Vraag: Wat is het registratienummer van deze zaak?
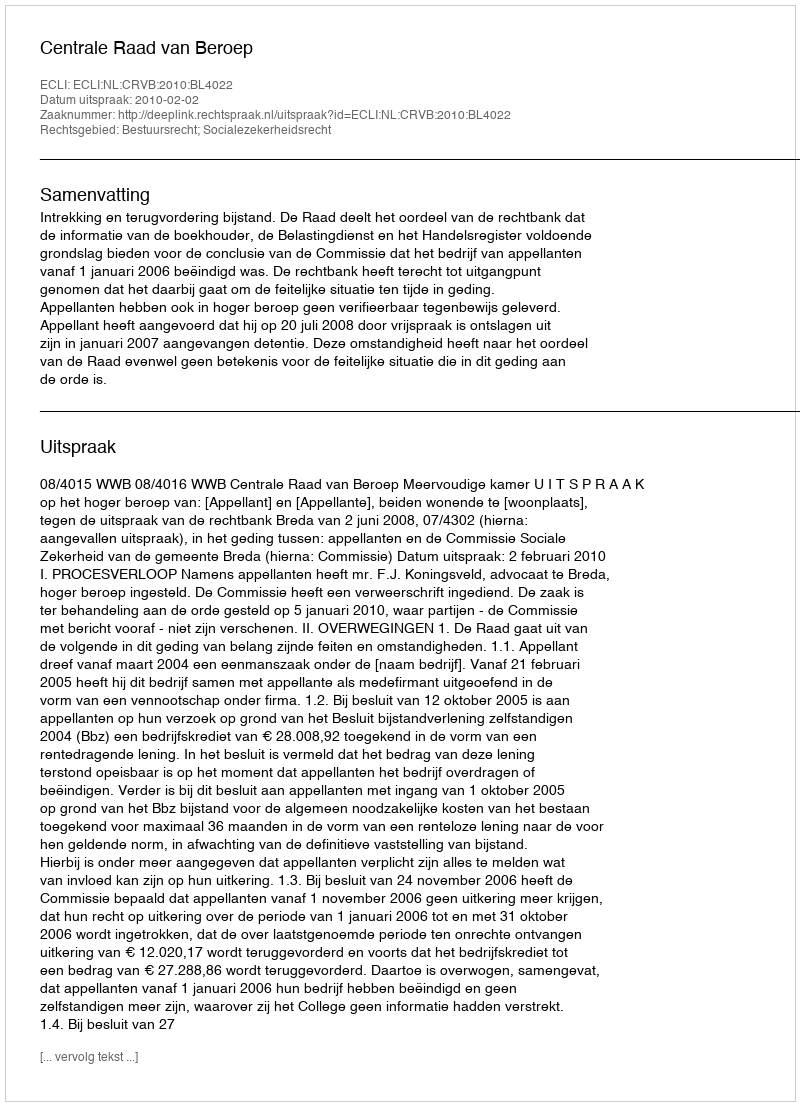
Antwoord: http://deeplink.rechtspraak.nl/uitspraak?id=ECLI:NL:CRVB:2010:BL4022